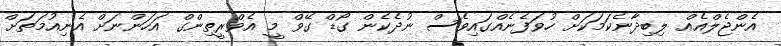
އެންޖެލްއެއް ލިބިދާނެކަމަކަށް ހުވަފެނެއްގައިވެސް ނުދެކެން ގޯޑް ގޭވް މީ އެވްރީތިންގް އަހަންނަށް އެނިއުމަތަށް